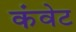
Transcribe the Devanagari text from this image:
कंवेट